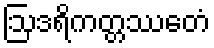
ဩဒရိကတ္တဿေတံ